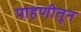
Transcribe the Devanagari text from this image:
पाहणीतून